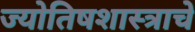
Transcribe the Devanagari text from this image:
ज्योतिषशास्त्राचे